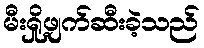
မီးရှို့ဖျက်ဆီးခဲ့သည်